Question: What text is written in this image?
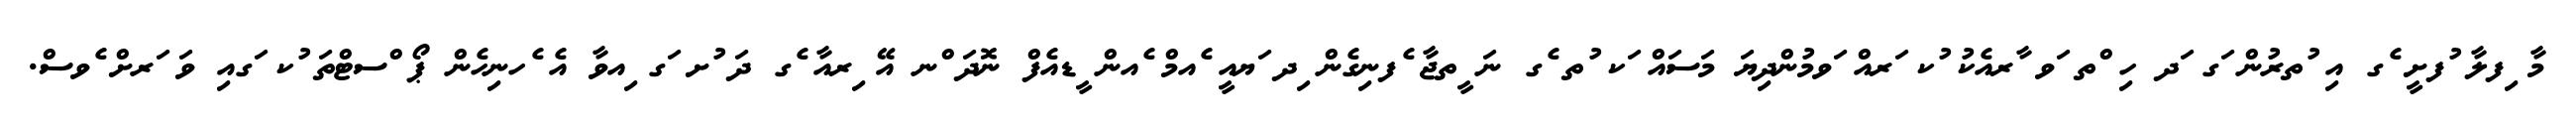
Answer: މާ ިފލާ ުފށީ ެގ އި ުތރުން ަގ ަދ ހި ްތ ަވ ާރއެކު ުކ ަރއް ަވމުންދިޔަ މަސައް ަކ ުތ ެގ ނަ ީތޖާ ެފނިގެން ިދ ަޔއީ ެއމް ެއން ީޑއެފް ނޮދަ ްނ އޭ ިރއާ ެގ ދަ ުށ ަގ ިއވާ އެ ެހނިހެން ޕޯ ްސޓްތަ ުކ ަގއި ވަ ަރށް ެވސް.